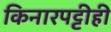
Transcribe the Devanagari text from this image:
किनारपट्टीही